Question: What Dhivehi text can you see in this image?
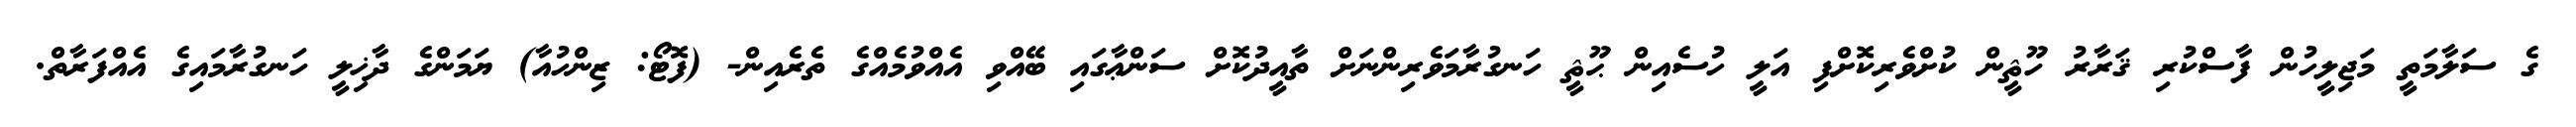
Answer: ގެ ސަލާމަތީ މަޖިލީހުން ފާސްކުރި ޤަރާރު ހޫޘީން ކުށްވެރިކޮށްފި އަލީ ހުސެއިން ޙޫޘީ ހަނގުރާމަވެރިންނަށް ތާއީދުކޮށް ސަންޢާގައި ބޭއްވި އެއްވުމެއްގެ ތެރެއިން- (ފޮޓޯ: ޒިންހުއާ) ޔަމަންގެ ދާޚިލީ ހަނގުރާމައިގެ އެއްފަރާތް.